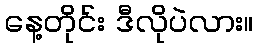
နေ့တိုင်း ဒီလိုပဲလား။